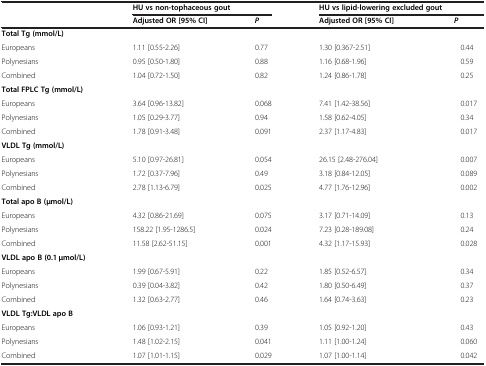
<table><thead><tr><td rowspan="2"></td><td colspan="2"><b>HU vs non-tophaceous gout</b></td><td colspan="2"><b>HU vs lipid-lowering excluded gout</b></td></tr><tr><td><b>Adjusted OR [95% CI]</b></td><td><b><i>P</i></b></td><td><b>Adjusted OR [95% CI]</b></td><td><b><i>P</i></b></td></tr></thead><tbody><tr><td><b>Total Tg (mmol/L)</b></td><td></td><td></td><td></td><td></td></tr><tr><td>Europeans</td><td>1.11 [0.55-2.26]</td><td>0.77</td><td>1.30 [0.367-2.51]</td><td>0.44</td></tr><tr><td>Polynesians</td><td>0.95 [0.50-1.80]</td><td>0.88</td><td>1.16 [0.68-1.96]</td><td>0.59</td></tr><tr><td>Combined</td><td>1.04 [0.72-1.50]</td><td>0.82</td><td>1.24 [0.86-1.78]</td><td>0.25</td></tr><tr><td><b>Total FPLC Tg (mmol/L)</b></td><td></td><td></td><td></td><td></td></tr><tr><td>Europeans</td><td>3.64 [0.96-13.82]</td><td>0.068</td><td>7.41 [1.42-38.56]</td><td>0.017</td></tr><tr><td>Polynesians</td><td>1.05 [0.29-3.77]</td><td>0.94</td><td>1.58 [0.62-4.05]</td><td>0.34</td></tr><tr><td>Combined</td><td>1.78 [0.91-3.48]</td><td>0.091</td><td>2.37 [1.17-4.83]</td><td>0.017</td></tr><tr><td><b>VLDL Tg (mmol/L)</b></td><td></td><td></td><td></td><td></td></tr><tr><td>Europeans</td><td>5.10 [0.97-26.81]</td><td>0.054</td><td>26.15 [2.48-276.04]</td><td>0.007</td></tr><tr><td>Polynesians</td><td>1.72 [0.37-7.96]</td><td>0.49</td><td>3.18 [0.84-12.05]</td><td>0.089</td></tr><tr><td>Combined</td><td>2.78 [1.13-6.79]</td><td>0.025</td><td>4.77 [1.76-12.96]</td><td>0.002</td></tr><tr><td><b>Total apo B (</b><b>μmol/L)</b></td><td></td><td></td><td></td><td></td></tr><tr><td>Europeans</td><td>4.32 [0.86-21.69]</td><td>0.075</td><td>3.17 [0.71-14.09]</td><td>0.13</td></tr><tr><td>Polynesians</td><td>158.22 [1.95-1286.5]</td><td>0.024</td><td>7.23 [0.28-189.08]</td><td>0.24</td></tr><tr><td>Combined</td><td>11.58 [2.62-51.15]</td><td>0.001</td><td>4.32 [1.17-15.93]</td><td>0.028</td></tr><tr><td><b>VLDL apo B (0.1</b> <b>μmol/L)</b></td><td></td><td></td><td></td><td></td></tr><tr><td>Europeans</td><td>1.99 [0.67-5.91]</td><td>0.22</td><td>1.85 [0.52-6.57]</td><td>0.34</td></tr><tr><td>Polynesians</td><td>0.39 [0.04-3.82]</td><td>0.42</td><td>1.80 [0.50-6.49]</td><td>0.37</td></tr><tr><td>Combined</td><td>1.32 [0.63-2.77]</td><td>0.46</td><td>1.64 [0.74-3.63]</td><td>0.23</td></tr><tr><td><b>VLDL Tg:VLDL apo B</b></td><td></td><td></td><td></td><td></td></tr><tr><td>Europeans</td><td>1.06 [0.93-1.21]</td><td>0.39</td><td>1.05 [0.92-1.20]</td><td>0.43</td></tr><tr><td>Polynesians</td><td>1.48 [1.02-2.15]</td><td>0.041</td><td>1.11 [1.00-1.24]</td><td>0.060</td></tr><tr><td>Combined</td><td>1.07 [1.01-1.15]</td><td>0.029</td><td>1.07 [1.00-1.14]</td><td>0.042</td></tr></tbody></table>